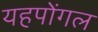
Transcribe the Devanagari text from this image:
यहपोंगल